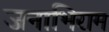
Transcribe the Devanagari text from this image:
जनाभिराम